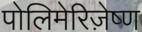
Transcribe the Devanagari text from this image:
पोलिमेरिज़ेष्ण